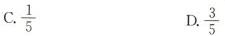
C.\frac{1}{5} D.\frac{3}{5}